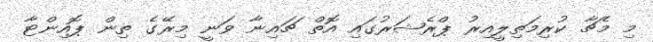
މި މެޗާ ކުރިމަތިލީއިރު ޕްރެޝަރުގައި އޮތް ޗައިނާ ވަނީ މިރޭގެ ތިން ޕޮއިންޓާ